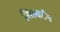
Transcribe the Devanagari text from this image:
सिल्वर्टन